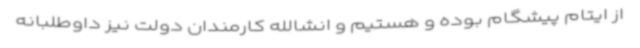
از ایتام پیشگام بوده و هستیم و انشالله کارمندان دولت نیز داوطلبانه